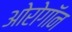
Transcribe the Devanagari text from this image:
ओरोगॉन